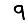
Digit: 9